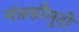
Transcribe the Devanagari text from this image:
मंत्रकौमुदी